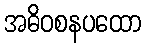
အဓိဝစနပထော